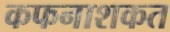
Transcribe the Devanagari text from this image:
कफनाशकत